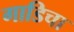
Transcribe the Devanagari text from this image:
गाडिचा